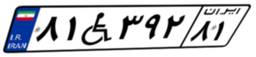
۸۱W۳۹۲۸۱